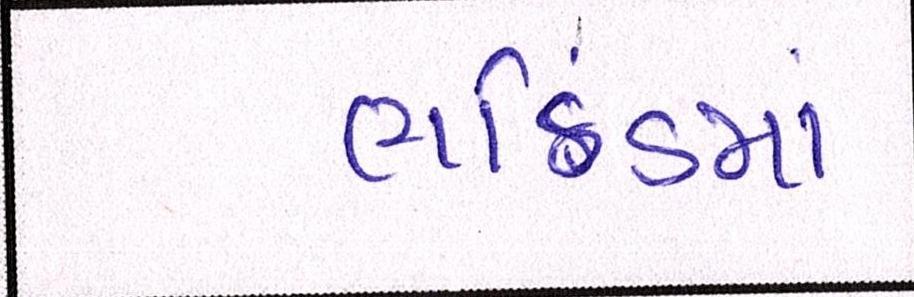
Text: ભઠિંડમાં